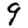
Digit: 9